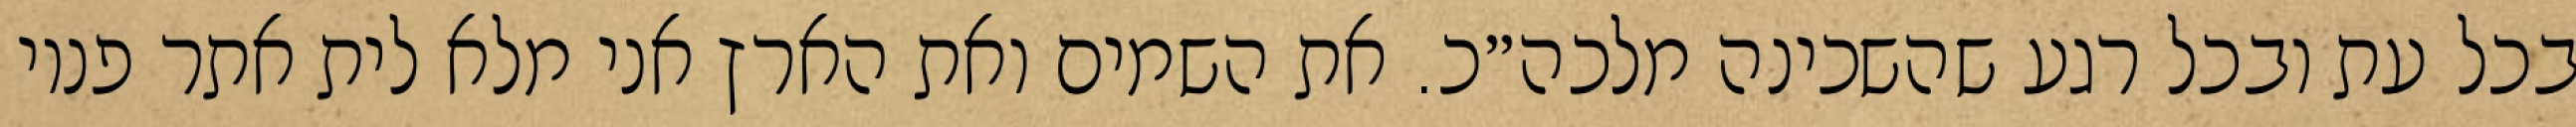
בכל עת ובכל רגע שהשכינה מלכה״כ. את השמים ואת הארץ אני מלא לית אתר פנוי